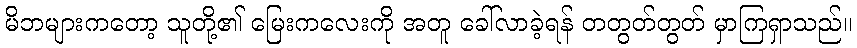
မိဘများကတော့ သူတို့၏ မြေးကလေးကို အတူ ခေါ်လာခဲ့ရန် တတွတ်တွတ် မှာကြရှာသည်။